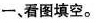
一、看图填空。